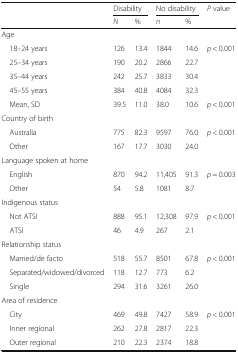
<table><thead><tr><td rowspan="2"></td><td colspan="2"><b>Disability</b></td><td colspan="2"><b>No disability</b></td><td rowspan="2"><b><i>P</i> value</b></td></tr><tr><td><b><i>N</i></b></td><td><b>%</b></td><td><b><i>n</i></b></td><td><b>%</b></td></tr></thead><tbody><tr><td colspan="6">Age</td></tr><tr><td> 18–24 years</td><td>126</td><td>13.4</td><td>1844</td><td>14.6</td><td rowspan="4"><i>p</i> &lt; 0.001</td></tr><tr><td> 25–34 years</td><td>190</td><td>20.2</td><td>2866</td><td>22.7</td></tr><tr><td> 35–44 years</td><td>242</td><td>25.7</td><td>3833</td><td>30.4</td></tr><tr><td> 45–55 years</td><td>384</td><td>40.8</td><td>4084</td><td>32.3</td></tr><tr><td> Mean, SD</td><td>39.5</td><td>11.0</td><td>38.0</td><td>10.6</td><td><i>p</i> &lt; 0.001</td></tr><tr><td colspan="6">Country of birth</td></tr><tr><td> Australia</td><td>775</td><td>82.3</td><td>9597</td><td>76.0</td><td rowspan="2"><i>p</i> &lt; 0.001</td></tr><tr><td> Other</td><td>167</td><td>17.7</td><td>3030</td><td>24.0</td></tr><tr><td colspan="6">Language spoken at home</td></tr><tr><td> English</td><td>870</td><td>94.2</td><td>11,405</td><td>91.3</td><td rowspan="2"><i>p</i> = 0.003</td></tr><tr><td> Other</td><td>54</td><td>5.8</td><td>1081</td><td>8.7</td></tr><tr><td colspan="6">Indigenous status</td></tr><tr><td> Not ATSI</td><td>888</td><td>95.1</td><td>12,308</td><td>97.9</td><td rowspan="2"><i>p</i> &lt; 0.001</td></tr><tr><td> ATSI</td><td>46</td><td>4.9</td><td>267</td><td>2.1</td></tr><tr><td colspan="6">Relationship status</td></tr><tr><td> Married/de facto</td><td>518</td><td>55.7</td><td>8501</td><td>67.8</td><td rowspan="3"><i>p</i> &lt; 0.001</td></tr><tr><td> Separated/widowed/divorced</td><td>118</td><td>12.7</td><td>773</td><td>6.2</td></tr><tr><td> Single</td><td>294</td><td>31.6</td><td>3261</td><td>26.0</td></tr><tr><td colspan="6">Area of residence</td></tr><tr><td> City</td><td>469</td><td>49.8</td><td>7427</td><td>58.9</td><td rowspan="3"><i>p</i> &lt; 0.001</td></tr><tr><td> Inner regional</td><td>262</td><td>27.8</td><td>2817</td><td>22.3</td></tr><tr><td> Outer regional</td><td>210</td><td>22.3</td><td>2374</td><td>18.8</td></tr></tbody></table>